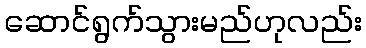
ဆောင်ရွက်သွားမည်ဟုလည်း